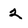
Character: 2